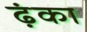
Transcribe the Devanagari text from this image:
ढ़ंका